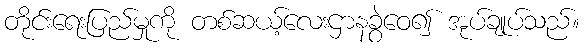
တိုင်းရေးပြည်မှုကို တစ်ဆယ့်လေးဌာနခွဲဝေ၍ အုပ်ချုပ်သည်။